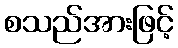
စသည်အားဖြင့်